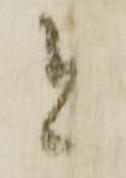
と